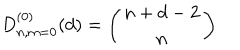
LaTeX: D _ { n , m = 0 } ^ { ( 0 ) } ( d ) = \left( \begin{array} { c } { { n + d - 2 } } \\ { { n } } \\ \end{array} \right)